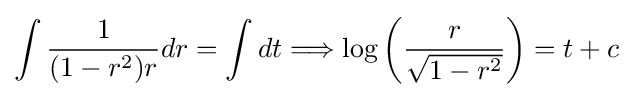
\int {\frac {1}{(1-r^{2})r}}dr=\int dt\Longrightarrow \log \left({\frac {r}{\sqrt {1-r^{2}}}}\right)=t+c